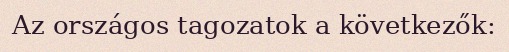
Az országos tagozatok a következők: